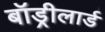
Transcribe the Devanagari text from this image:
बॉड्रीलार्ड